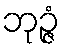
ဘုဉ္ဇံ